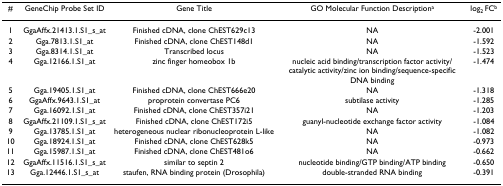
| # | GeneChip Probe Set ID | Gene Title | GO Molecular Function Descriptiona | log2 FCb |
 | --- | --- | --- | --- | --- |
 | 1 | GgaAffx.21413.1.S1_s_at | Finished cDNA, clone ChEST629c13 | NA | -2.001 |
 | 2 | Gga.7813.1.S1_at | Finished cDNA, clone ChEST148d1 | NA | -1.592 |
 | 3 | Gga.8314.1.S1_at | Transcribed locus | NA | -1.523 |
 | 4 | Gga.12166.1.S1_at | zinc finger homeobox 1b | nucleic acid binding/transcription factor activity/catalytic activity/zinc ion binding/sequence-specific DNA binding | -1.474 |
 | 5 | Gga.19405.1.S1_at | Finished cDNA, clone ChEST666e20 | NA | -1.318 |
 | 6 | GgaAffx.9643.1.S1_at | proprotein convertase PC6 | subtilase activity | -1.285 |
 | 7 | Gga.16092.1.S1_at | Finished cDNA, clone ChEST357i21 | NA | -1.203 |
 | 8 | GgaAffx.21109.1.S1_s_at | Finished cDNA, clone ChEST172i5 | guanyl-nucleotide exchange factor activity | -1.084 |
 | 9 | Gga.13785.1.S1_at | heterogeneous nuclear ribonucleoprotein L-like | NA | -1.082 |
 | 10 | Gga.18924.1.S1_at | Finished cDNA, clone ChEST628k5 | NA | -0.973 |
 | 11 | Gga.15987.1.S1_at | Finished cDNA, clone ChEST481o6 | NA | -0.662 |
 | 12 | GgaAffx.11516.1.S1_s_at | similar to septin 2 | nucleotide binding/GTP binding/ATP binding | -0.650 |
 | 13 | Gga.12446.1.S1_s_at | staufen, RNA binding protein (Drosophila) | double-stranded RNA binding | -0.391 |